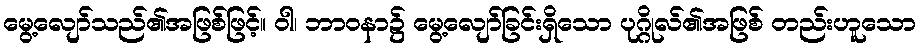
မွေ့လျော်သည်၏အဖြစ်ဖြင့်။ ဝါ၊ ဘာဝနာ၌ မွေ့လျော်ခြင်းရှိသော ပုဂ္ဂိုလ်၏အဖြစ် တည်းဟူသော